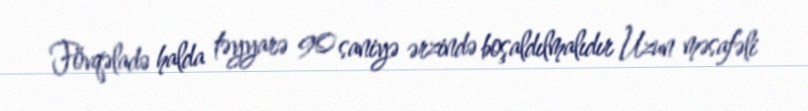
Fövqəladə halda təyyarə 90 saniyə ərzində boşaldılmalıdır Uzun məsafəli